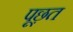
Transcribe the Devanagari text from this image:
पूछ़त